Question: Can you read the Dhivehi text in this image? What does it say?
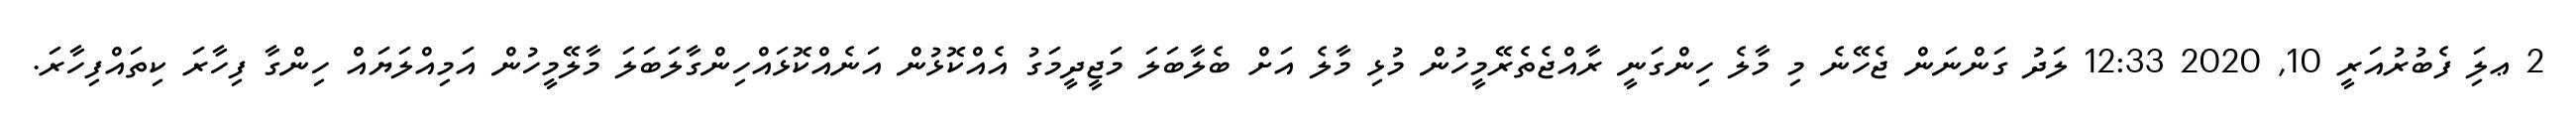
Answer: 2 ޢލަި ފެބުރުއަރީ 10, 2020 12:33 ލަދު ގަންނަން ޖެހޭނެ މި މާލެ ހިންގަނީ ރާއްޖެތެރޭމީހުން މުޅި މާލެ އަށް ބެލާބަލަ މަޖީދީމަގު އެއްކޮޅުން އަނެއްކޮޅައްހިންގާލަބަލަ މާލޭމީހުން އަމިއްލަޔައް ހިންގާ ފިހާރަ ކިތައްފިހާރަ.